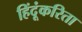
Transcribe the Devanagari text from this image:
हिंदूंकरिता